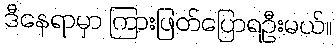
ဒီနေရာမှာ ကြားဖြတ်ပြောရဦးမယ်။